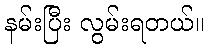
နမ်းပြီး လွမ်းရတယ်။